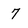
Character: 7